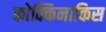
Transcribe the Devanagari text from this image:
कोक्किनाकिस